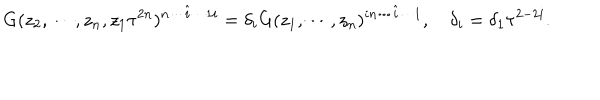
LaTeX: G ( z _ { 2 } , \cdots , z _ { n } , z _ { 1 } \tau ^ { 2 n } ) ^ { n \cdots \hat { i } \cdots 1 i } = \delta _ { i } G ( z _ { 1 } , \cdots , z _ { n } ) ^ { i n \cdots \hat { i } \cdots 1 } , ~ \delta _ { i } = \delta _ { 1 } \tau ^ { 2 - 2 i } .